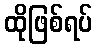
ထိုဖြစ်ရပ်